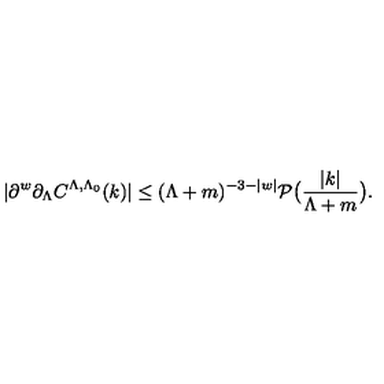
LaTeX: | \partial ^ { w } \partial _ { \Lambda } C ^ { \Lambda , \Lambda _ { 0 } } ( k ) | \le ( \Lambda + m ) ^ { - 3 - | w | } \mathcal { P } \bigl ( \frac { | k | } { \Lambda + m } \bigr ) .